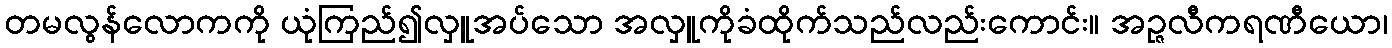
တမလွန်လောကကို ယုံကြည်၍လှူအပ်သော အလှူကိုခံထိုက်သည်လည်းကောင်း။ အဉ္ဇလီကရဏီယော၊